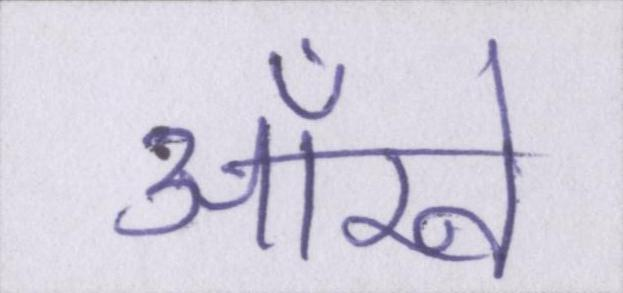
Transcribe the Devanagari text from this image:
आँखे